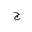
Letter: _gim